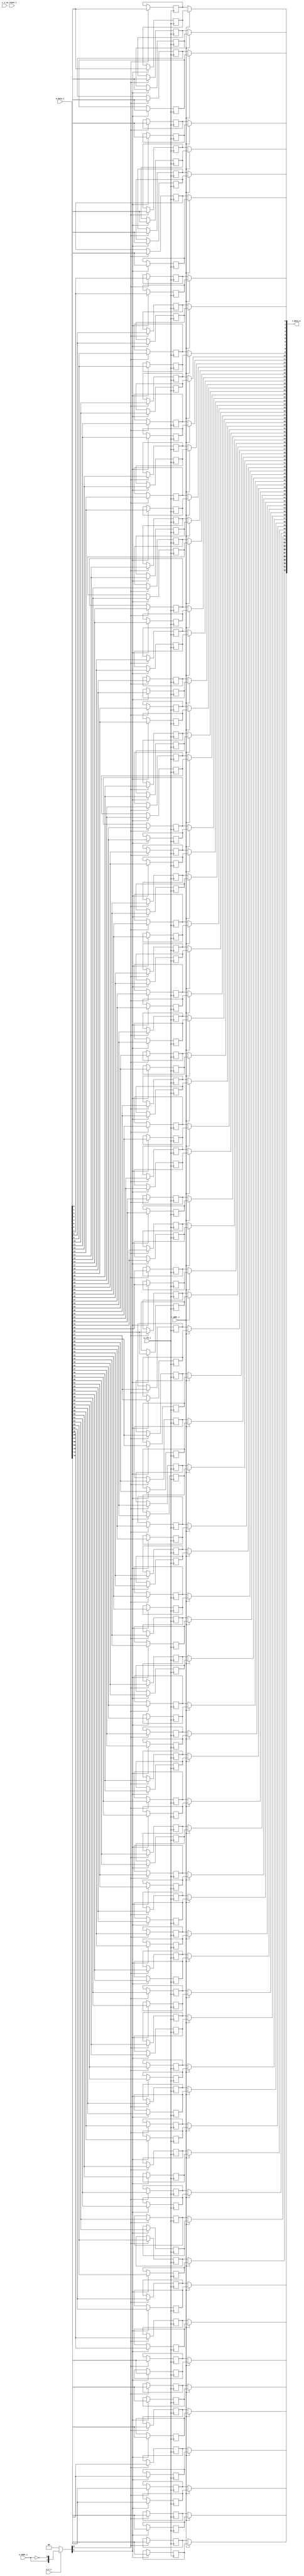
// This program was cloned from: https://github.com/NYU-MLDA/OpenABC
// License: BSD 3-Clause "New" or "Revised" License

module bsg_mem_1r1w_synth_width_p73_els_p2_read_write_same_addr_p0_harden_p0
(
  w_clk_i,
  w_reset_i,
  w_v_i,
  w_addr_i,
  w_data_i,
  r_v_i,
  r_addr_i,
  r_data_o
);

  input [0:0] w_addr_i;
  input [72:0] w_data_i;
  input [0:0] r_addr_i;
  output [72:0] r_data_o;
  input w_clk_i;
  input w_reset_i;
  input w_v_i;
  input r_v_i;
  wire [72:0] r_data_o;
  wire N0,N1,N2,N3,N4,N5,N7,N8;
  reg [145:0] mem;
  assign r_data_o[72] = (N3)? mem[72] : 
                        (N0)? mem[145] : 1'b0;
  assign N0 = r_addr_i[0];
  assign r_data_o[71] = (N3)? mem[71] : 
                        (N0)? mem[144] : 1'b0;
  assign r_data_o[70] = (N3)? mem[70] : 
                        (N0)? mem[143] : 1'b0;
  assign r_data_o[69] = (N3)? mem[69] : 
                        (N0)? mem[142] : 1'b0;
  assign r_data_o[68] = (N3)? mem[68] : 
                        (N0)? mem[141] : 1'b0;
  assign r_data_o[67] = (N3)? mem[67] : 
                        (N0)? mem[140] : 1'b0;
  assign r_data_o[66] = (N3)? mem[66] : 
                        (N0)? mem[139] : 1'b0;
  assign r_data_o[65] = (N3)? mem[65] : 
                        (N0)? mem[138] : 1'b0;
  assign r_data_o[64] = (N3)? mem[64] : 
                        (N0)? mem[137] : 1'b0;
  assign r_data_o[63] = (N3)? mem[63] : 
                        (N0)? mem[136] : 1'b0;
  assign r_data_o[62] = (N3)? mem[62] : 
                        (N0)? mem[135] : 1'b0;
  assign r_data_o[61] = (N3)? mem[61] : 
                        (N0)? mem[134] : 1'b0;
  assign r_data_o[60] = (N3)? mem[60] : 
                        (N0)? mem[133] : 1'b0;
  assign r_data_o[59] = (N3)? mem[59] : 
                        (N0)? mem[132] : 1'b0;
  assign r_data_o[58] = (N3)? mem[58] : 
                        (N0)? mem[131] : 1'b0;
  assign r_data_o[57] = (N3)? mem[57] : 
                        (N0)? mem[130] : 1'b0;
  assign r_data_o[56] = (N3)? mem[56] : 
                        (N0)? mem[129] : 1'b0;
  assign r_data_o[55] = (N3)? mem[55] : 
                        (N0)? mem[128] : 1'b0;
  assign r_data_o[54] = (N3)? mem[54] : 
                        (N0)? mem[127] : 1'b0;
  assign r_data_o[53] = (N3)? mem[53] : 
                        (N0)? mem[126] : 1'b0;
  assign r_data_o[52] = (N3)? mem[52] : 
                        (N0)? mem[125] : 1'b0;
  assign r_data_o[51] = (N3)? mem[51] : 
                        (N0)? mem[124] : 1'b0;
  assign r_data_o[50] = (N3)? mem[50] : 
                        (N0)? mem[123] : 1'b0;
  assign r_data_o[49] = (N3)? mem[49] : 
                        (N0)? mem[122] : 1'b0;
  assign r_data_o[48] = (N3)? mem[48] : 
                        (N0)? mem[121] : 1'b0;
  assign r_data_o[47] = (N3)? mem[47] : 
                        (N0)? mem[120] : 1'b0;
  assign r_data_o[46] = (N3)? mem[46] : 
                        (N0)? mem[119] : 1'b0;
  assign r_data_o[45] = (N3)? mem[45] : 
                        (N0)? mem[118] : 1'b0;
  assign r_data_o[44] = (N3)? mem[44] : 
                        (N0)? mem[117] : 1'b0;
  assign r_data_o[43] = (N3)? mem[43] : 
                        (N0)? mem[116] : 1'b0;
  assign r_data_o[42] = (N3)? mem[42] : 
                        (N0)? mem[115] : 1'b0;
  assign r_data_o[41] = (N3)? mem[41] : 
                        (N0)? mem[114] : 1'b0;
  assign r_data_o[40] = (N3)? mem[40] : 
                        (N0)? mem[113] : 1'b0;
  assign r_data_o[39] = (N3)? mem[39] : 
                        (N0)? mem[112] : 1'b0;
  assign r_data_o[38] = (N3)? mem[38] : 
                        (N0)? mem[111] : 1'b0;
  assign r_data_o[37] = (N3)? mem[37] : 
                        (N0)? mem[110] : 1'b0;
  assign r_data_o[36] = (N3)? mem[36] : 
                        (N0)? mem[109] : 1'b0;
  assign r_data_o[35] = (N3)? mem[35] : 
                        (N0)? mem[108] : 1'b0;
  assign r_data_o[34] = (N3)? mem[34] : 
                        (N0)? mem[107] : 1'b0;
  assign r_data_o[33] = (N3)? mem[33] : 
                        (N0)? mem[106] : 1'b0;
  assign r_data_o[32] = (N3)? mem[32] : 
                        (N0)? mem[105] : 1'b0;
  assign r_data_o[31] = (N3)? mem[31] : 
                        (N0)? mem[104] : 1'b0;
  assign r_data_o[30] = (N3)? mem[30] : 
                        (N0)? mem[103] : 1'b0;
  assign r_data_o[29] = (N3)? mem[29] : 
                        (N0)? mem[102] : 1'b0;
  assign r_data_o[28] = (N3)? mem[28] : 
                        (N0)? mem[101] : 1'b0;
  assign r_data_o[27] = (N3)? mem[27] : 
                        (N0)? mem[100] : 1'b0;
  assign r_data_o[26] = (N3)? mem[26] : 
                        (N0)? mem[99] : 1'b0;
  assign r_data_o[25] = (N3)? mem[25] : 
                        (N0)? mem[98] : 1'b0;
  assign r_data_o[24] = (N3)? mem[24] : 
                        (N0)? mem[97] : 1'b0;
  assign r_data_o[23] = (N3)? mem[23] : 
                        (N0)? mem[96] : 1'b0;
  assign r_data_o[22] = (N3)? mem[22] : 
                        (N0)? mem[95] : 1'b0;
  assign r_data_o[21] = (N3)? mem[21] : 
                        (N0)? mem[94] : 1'b0;
  assign r_data_o[20] = (N3)? mem[20] : 
                        (N0)? mem[93] : 1'b0;
  assign r_data_o[19] = (N3)? mem[19] : 
                        (N0)? mem[92] : 1'b0;
  assign r_data_o[18] = (N3)? mem[18] : 
                        (N0)? mem[91] : 1'b0;
  assign r_data_o[17] = (N3)? mem[17] : 
                        (N0)? mem[90] : 1'b0;
  assign r_data_o[16] = (N3)? mem[16] : 
                        (N0)? mem[89] : 1'b0;
  assign r_data_o[15] = (N3)? mem[15] : 
                        (N0)? mem[88] : 1'b0;
  assign r_data_o[14] = (N3)? mem[14] : 
                        (N0)? mem[87] : 1'b0;
  assign r_data_o[13] = (N3)? mem[13] : 
                        (N0)? mem[86] : 1'b0;
  assign r_data_o[12] = (N3)? mem[12] : 
                        (N0)? mem[85] : 1'b0;
  assign r_data_o[11] = (N3)? mem[11] : 
                        (N0)? mem[84] : 1'b0;
  assign r_data_o[10] = (N3)? mem[10] : 
                        (N0)? mem[83] : 1'b0;
  assign r_data_o[9] = (N3)? mem[9] : 
                       (N0)? mem[82] : 1'b0;
  assign r_data_o[8] = (N3)? mem[8] : 
                       (N0)? mem[81] : 1'b0;
  assign r_data_o[7] = (N3)? mem[7] : 
                       (N0)? mem[80] : 1'b0;
  assign r_data_o[6] = (N3)? mem[6] : 
                       (N0)? mem[79] : 1'b0;
  assign r_data_o[5] = (N3)? mem[5] : 
                       (N0)? mem[78] : 1'b0;
  assign r_data_o[4] = (N3)? mem[4] : 
                       (N0)? mem[77] : 1'b0;
  assign r_data_o[3] = (N3)? mem[3] : 
                       (N0)? mem[76] : 1'b0;
  assign r_data_o[2] = (N3)? mem[2] : 
                       (N0)? mem[75] : 1'b0;
  assign r_data_o[1] = (N3)? mem[1] : 
                       (N0)? mem[74] : 1'b0;
  assign r_data_o[0] = (N3)? mem[0] : 
                       (N0)? mem[73] : 1'b0;

  always @(posedge w_clk_i) begin
    if(N8) begin
      mem[145] <= w_data_i[72];
    end 
  end


  always @(posedge w_clk_i) begin
    if(N8) begin
      mem[144] <= w_data_i[71];
    end 
  end


  always @(posedge w_clk_i) begin
    if(N8) begin
      mem[143] <= w_data_i[70];
    end 
  end


  always @(posedge w_clk_i) begin
    if(N8) begin
      mem[142] <= w_data_i[69];
    end 
  end


  always @(posedge w_clk_i) begin
    if(N8) begin
      mem[141] <= w_data_i[68];
    end 
  end


  always @(posedge w_clk_i) begin
    if(N8) begin
      mem[140] <= w_data_i[67];
    end 
  end


  always @(posedge w_clk_i) begin
    if(N8) begin
      mem[139] <= w_data_i[66];
    end 
  end


  always @(posedge w_clk_i) begin
    if(N8) begin
      mem[138] <= w_data_i[65];
    end 
  end


  always @(posedge w_clk_i) begin
    if(N8) begin
      mem[137] <= w_data_i[64];
    end 
  end


  always @(posedge w_clk_i) begin
    if(N8) begin
      mem[136] <= w_data_i[63];
    end 
  end


  always @(posedge w_clk_i) begin
    if(N8) begin
      mem[135] <= w_data_i[62];
    end 
  end


  always @(posedge w_clk_i) begin
    if(N8) begin
      mem[134] <= w_data_i[61];
    end 
  end


  always @(posedge w_clk_i) begin
    if(N8) begin
      mem[133] <= w_data_i[60];
    end 
  end


  always @(posedge w_clk_i) begin
    if(N8) begin
      mem[132] <= w_data_i[59];
    end 
  end


  always @(posedge w_clk_i) begin
    if(N8) begin
      mem[131] <= w_data_i[58];
    end 
  end


  always @(posedge w_clk_i) begin
    if(N8) begin
      mem[130] <= w_data_i[57];
    end 
  end


  always @(posedge w_clk_i) begin
    if(N8) begin
      mem[129] <= w_data_i[56];
    end 
  end


  always @(posedge w_clk_i) begin
    if(N8) begin
      mem[128] <= w_data_i[55];
    end 
  end


  always @(posedge w_clk_i) begin
    if(N8) begin
      mem[127] <= w_data_i[54];
    end 
  end


  always @(posedge w_clk_i) begin
    if(N8) begin
      mem[126] <= w_data_i[53];
    end 
  end


  always @(posedge w_clk_i) begin
    if(N8) begin
      mem[125] <= w_data_i[52];
    end 
  end


  always @(posedge w_clk_i) begin
    if(N8) begin
      mem[124] <= w_data_i[51];
    end 
  end


  always @(posedge w_clk_i) begin
    if(N8) begin
      mem[123] <= w_data_i[50];
    end 
  end


  always @(posedge w_clk_i) begin
    if(N8) begin
      mem[122] <= w_data_i[49];
    end 
  end


  always @(posedge w_clk_i) begin
    if(N8) begin
      mem[121] <= w_data_i[48];
    end 
  end


  always @(posedge w_clk_i) begin
    if(N8) begin
      mem[120] <= w_data_i[47];
    end 
  end


  always @(posedge w_clk_i) begin
    if(N8) begin
      mem[119] <= w_data_i[46];
    end 
  end


  always @(posedge w_clk_i) begin
    if(N8) begin
      mem[118] <= w_data_i[45];
    end 
  end


  always @(posedge w_clk_i) begin
    if(N8) begin
      mem[117] <= w_data_i[44];
    end 
  end


  always @(posedge w_clk_i) begin
    if(N8) begin
      mem[116] <= w_data_i[43];
    end 
  end


  always @(posedge w_clk_i) begin
    if(N8) begin
      mem[115] <= w_data_i[42];
    end 
  end


  always @(posedge w_clk_i) begin
    if(N8) begin
      mem[114] <= w_data_i[41];
    end 
  end


  always @(posedge w_clk_i) begin
    if(N8) begin
      mem[113] <= w_data_i[40];
    end 
  end


  always @(posedge w_clk_i) begin
    if(N8) begin
      mem[112] <= w_data_i[39];
    end 
  end


  always @(posedge w_clk_i) begin
    if(N8) begin
      mem[111] <= w_data_i[38];
    end 
  end


  always @(posedge w_clk_i) begin
    if(N8) begin
      mem[110] <= w_data_i[37];
    end 
  end


  always @(posedge w_clk_i) begin
    if(N8) begin
      mem[109] <= w_data_i[36];
    end 
  end


  always @(posedge w_clk_i) begin
    if(N8) begin
      mem[108] <= w_data_i[35];
    end 
  end


  always @(posedge w_clk_i) begin
    if(N8) begin
      mem[107] <= w_data_i[34];
    end 
  end


  always @(posedge w_clk_i) begin
    if(N8) begin
      mem[106] <= w_data_i[33];
    end 
  end


  always @(posedge w_clk_i) begin
    if(N8) begin
      mem[105] <= w_data_i[32];
    end 
  end


  always @(posedge w_clk_i) begin
    if(N8) begin
      mem[104] <= w_data_i[31];
    end 
  end


  always @(posedge w_clk_i) begin
    if(N8) begin
      mem[103] <= w_data_i[30];
    end 
  end


  always @(posedge w_clk_i) begin
    if(N8) begin
      mem[102] <= w_data_i[29];
    end 
  end


  always @(posedge w_clk_i) begin
    if(N8) begin
      mem[101] <= w_data_i[28];
    end 
  end


  always @(posedge w_clk_i) begin
    if(N8) begin
      mem[100] <= w_data_i[27];
    end 
  end


  always @(posedge w_clk_i) begin
    if(N8) begin
      mem[99] <= w_data_i[26];
    end 
  end


  always @(posedge w_clk_i) begin
    if(N8) begin
      mem[98] <= w_data_i[25];
    end 
  end


  always @(posedge w_clk_i) begin
    if(N8) begin
      mem[97] <= w_data_i[24];
    end 
  end


  always @(posedge w_clk_i) begin
    if(N8) begin
      mem[96] <= w_data_i[23];
    end 
  end


  always @(posedge w_clk_i) begin
    if(N8) begin
      mem[95] <= w_data_i[22];
    end 
  end


  always @(posedge w_clk_i) begin
    if(N8) begin
      mem[94] <= w_data_i[21];
    end 
  end


  always @(posedge w_clk_i) begin
    if(N8) begin
      mem[93] <= w_data_i[20];
    end 
  end


  always @(posedge w_clk_i) begin
    if(N8) begin
      mem[92] <= w_data_i[19];
    end 
  end


  always @(posedge w_clk_i) begin
    if(N8) begin
      mem[91] <= w_data_i[18];
    end 
  end


  always @(posedge w_clk_i) begin
    if(N8) begin
      mem[90] <= w_data_i[17];
    end 
  end


  always @(posedge w_clk_i) begin
    if(N8) begin
      mem[89] <= w_data_i[16];
    end 
  end


  always @(posedge w_clk_i) begin
    if(N8) begin
      mem[88] <= w_data_i[15];
    end 
  end


  always @(posedge w_clk_i) begin
    if(N8) begin
      mem[87] <= w_data_i[14];
    end 
  end


  always @(posedge w_clk_i) begin
    if(N8) begin
      mem[86] <= w_data_i[13];
    end 
  end


  always @(posedge w_clk_i) begin
    if(N8) begin
      mem[85] <= w_data_i[12];
    end 
  end


  always @(posedge w_clk_i) begin
    if(N8) begin
      mem[84] <= w_data_i[11];
    end 
  end


  always @(posedge w_clk_i) begin
    if(N8) begin
      mem[83] <= w_data_i[10];
    end 
  end


  always @(posedge w_clk_i) begin
    if(N8) begin
      mem[82] <= w_data_i[9];
    end 
  end


  always @(posedge w_clk_i) begin
    if(N8) begin
      mem[81] <= w_data_i[8];
    end 
  end


  always @(posedge w_clk_i) begin
    if(N8) begin
      mem[80] <= w_data_i[7];
    end 
  end


  always @(posedge w_clk_i) begin
    if(N8) begin
      mem[79] <= w_data_i[6];
    end 
  end


  always @(posedge w_clk_i) begin
    if(N8) begin
      mem[78] <= w_data_i[5];
    end 
  end


  always @(posedge w_clk_i) begin
    if(N8) begin
      mem[77] <= w_data_i[4];
    end 
  end


  always @(posedge w_clk_i) begin
    if(N8) begin
      mem[76] <= w_data_i[3];
    end 
  end


  always @(posedge w_clk_i) begin
    if(N8) begin
      mem[75] <= w_data_i[2];
    end 
  end


  always @(posedge w_clk_i) begin
    if(N8) begin
      mem[74] <= w_data_i[1];
    end 
  end


  always @(posedge w_clk_i) begin
    if(N8) begin
      mem[73] <= w_data_i[0];
    end 
  end


  always @(posedge w_clk_i) begin
    if(N7) begin
      mem[72] <= w_data_i[72];
    end 
  end


  always @(posedge w_clk_i) begin
    if(N7) begin
      mem[71] <= w_data_i[71];
    end 
  end


  always @(posedge w_clk_i) begin
    if(N7) begin
      mem[70] <= w_data_i[70];
    end 
  end


  always @(posedge w_clk_i) begin
    if(N7) begin
      mem[69] <= w_data_i[69];
    end 
  end


  always @(posedge w_clk_i) begin
    if(N7) begin
      mem[68] <= w_data_i[68];
    end 
  end


  always @(posedge w_clk_i) begin
    if(N7) begin
      mem[67] <= w_data_i[67];
    end 
  end


  always @(posedge w_clk_i) begin
    if(N7) begin
      mem[66] <= w_data_i[66];
    end 
  end


  always @(posedge w_clk_i) begin
    if(N7) begin
      mem[65] <= w_data_i[65];
    end 
  end


  always @(posedge w_clk_i) begin
    if(N7) begin
      mem[64] <= w_data_i[64];
    end 
  end


  always @(posedge w_clk_i) begin
    if(N7) begin
      mem[63] <= w_data_i[63];
    end 
  end


  always @(posedge w_clk_i) begin
    if(N7) begin
      mem[62] <= w_data_i[62];
    end 
  end


  always @(posedge w_clk_i) begin
    if(N7) begin
      mem[61] <= w_data_i[61];
    end 
  end


  always @(posedge w_clk_i) begin
    if(N7) begin
      mem[60] <= w_data_i[60];
    end 
  end


  always @(posedge w_clk_i) begin
    if(N7) begin
      mem[59] <= w_data_i[59];
    end 
  end


  always @(posedge w_clk_i) begin
    if(N7) begin
      mem[58] <= w_data_i[58];
    end 
  end


  always @(posedge w_clk_i) begin
    if(N7) begin
      mem[57] <= w_data_i[57];
    end 
  end


  always @(posedge w_clk_i) begin
    if(N7) begin
      mem[56] <= w_data_i[56];
    end 
  end


  always @(posedge w_clk_i) begin
    if(N7) begin
      mem[55] <= w_data_i[55];
    end 
  end


  always @(posedge w_clk_i) begin
    if(N7) begin
      mem[54] <= w_data_i[54];
    end 
  end


  always @(posedge w_clk_i) begin
    if(N7) begin
      mem[53] <= w_data_i[53];
    end 
  end


  always @(posedge w_clk_i) begin
    if(N7) begin
      mem[52] <= w_data_i[52];
    end 
  end


  always @(posedge w_clk_i) begin
    if(N7) begin
      mem[51] <= w_data_i[51];
    end 
  end


  always @(posedge w_clk_i) begin
    if(N7) begin
      mem[50] <= w_data_i[50];
    end 
  end


  always @(posedge w_clk_i) begin
    if(N7) begin
      mem[49] <= w_data_i[49];
    end 
  end


  always @(posedge w_clk_i) begin
    if(N7) begin
      mem[48] <= w_data_i[48];
    end 
  end


  always @(posedge w_clk_i) begin
    if(N7) begin
      mem[47] <= w_data_i[47];
    end 
  end


  always @(posedge w_clk_i) begin
    if(N7) begin
      mem[46] <= w_data_i[46];
    end 
  end


  always @(posedge w_clk_i) begin
    if(N7) begin
      mem[45] <= w_data_i[45];
    end 
  end


  always @(posedge w_clk_i) begin
    if(N7) begin
      mem[44] <= w_data_i[44];
    end 
  end


  always @(posedge w_clk_i) begin
    if(N7) begin
      mem[43] <= w_data_i[43];
    end 
  end


  always @(posedge w_clk_i) begin
    if(N7) begin
      mem[42] <= w_data_i[42];
    end 
  end


  always @(posedge w_clk_i) begin
    if(N7) begin
      mem[41] <= w_data_i[41];
    end 
  end


  always @(posedge w_clk_i) begin
    if(N7) begin
      mem[40] <= w_data_i[40];
    end 
  end


  always @(posedge w_clk_i) begin
    if(N7) begin
      mem[39] <= w_data_i[39];
    end 
  end


  always @(posedge w_clk_i) begin
    if(N7) begin
      mem[38] <= w_data_i[38];
    end 
  end


  always @(posedge w_clk_i) begin
    if(N7) begin
      mem[37] <= w_data_i[37];
    end 
  end


  always @(posedge w_clk_i) begin
    if(N7) begin
      mem[36] <= w_data_i[36];
    end 
  end


  always @(posedge w_clk_i) begin
    if(N7) begin
      mem[35] <= w_data_i[35];
    end 
  end


  always @(posedge w_clk_i) begin
    if(N7) begin
      mem[34] <= w_data_i[34];
    end 
  end


  always @(posedge w_clk_i) begin
    if(N7) begin
      mem[33] <= w_data_i[33];
    end 
  end


  always @(posedge w_clk_i) begin
    if(N7) begin
      mem[32] <= w_data_i[32];
    end 
  end


  always @(posedge w_clk_i) begin
    if(N7) begin
      mem[31] <= w_data_i[31];
    end 
  end


  always @(posedge w_clk_i) begin
    if(N7) begin
      mem[30] <= w_data_i[30];
    end 
  end


  always @(posedge w_clk_i) begin
    if(N7) begin
      mem[29] <= w_data_i[29];
    end 
  end


  always @(posedge w_clk_i) begin
    if(N7) begin
      mem[28] <= w_data_i[28];
    end 
  end


  always @(posedge w_clk_i) begin
    if(N7) begin
      mem[27] <= w_data_i[27];
    end 
  end


  always @(posedge w_clk_i) begin
    if(N7) begin
      mem[26] <= w_data_i[26];
    end 
  end


  always @(posedge w_clk_i) begin
    if(N7) begin
      mem[25] <= w_data_i[25];
    end 
  end


  always @(posedge w_clk_i) begin
    if(N7) begin
      mem[24] <= w_data_i[24];
    end 
  end


  always @(posedge w_clk_i) begin
    if(N7) begin
      mem[23] <= w_data_i[23];
    end 
  end


  always @(posedge w_clk_i) begin
    if(N7) begin
      mem[22] <= w_data_i[22];
    end 
  end


  always @(posedge w_clk_i) begin
    if(N7) begin
      mem[21] <= w_data_i[21];
    end 
  end


  always @(posedge w_clk_i) begin
    if(N7) begin
      mem[20] <= w_data_i[20];
    end 
  end


  always @(posedge w_clk_i) begin
    if(N7) begin
      mem[19] <= w_data_i[19];
    end 
  end


  always @(posedge w_clk_i) begin
    if(N7) begin
      mem[18] <= w_data_i[18];
    end 
  end


  always @(posedge w_clk_i) begin
    if(N7) begin
      mem[17] <= w_data_i[17];
    end 
  end


  always @(posedge w_clk_i) begin
    if(N7) begin
      mem[16] <= w_data_i[16];
    end 
  end


  always @(posedge w_clk_i) begin
    if(N7) begin
      mem[15] <= w_data_i[15];
    end 
  end


  always @(posedge w_clk_i) begin
    if(N7) begin
      mem[14] <= w_data_i[14];
    end 
  end


  always @(posedge w_clk_i) begin
    if(N7) begin
      mem[13] <= w_data_i[13];
    end 
  end


  always @(posedge w_clk_i) begin
    if(N7) begin
      mem[12] <= w_data_i[12];
    end 
  end


  always @(posedge w_clk_i) begin
    if(N7) begin
      mem[11] <= w_data_i[11];
    end 
  end


  always @(posedge w_clk_i) begin
    if(N7) begin
      mem[10] <= w_data_i[10];
    end 
  end


  always @(posedge w_clk_i) begin
    if(N7) begin
      mem[9] <= w_data_i[9];
    end 
  end


  always @(posedge w_clk_i) begin
    if(N7) begin
      mem[8] <= w_data_i[8];
    end 
  end


  always @(posedge w_clk_i) begin
    if(N7) begin
      mem[7] <= w_data_i[7];
    end 
  end


  always @(posedge w_clk_i) begin
    if(N7) begin
      mem[6] <= w_data_i[6];
    end 
  end


  always @(posedge w_clk_i) begin
    if(N7) begin
      mem[5] <= w_data_i[5];
    end 
  end


  always @(posedge w_clk_i) begin
    if(N7) begin
      mem[4] <= w_data_i[4];
    end 
  end


  always @(posedge w_clk_i) begin
    if(N7) begin
      mem[3] <= w_data_i[3];
    end 
  end


  always @(posedge w_clk_i) begin
    if(N7) begin
      mem[2] <= w_data_i[2];
    end 
  end


  always @(posedge w_clk_i) begin
    if(N7) begin
      mem[1] <= w_data_i[1];
    end 
  end


  always @(posedge w_clk_i) begin
    if(N7) begin
      mem[0] <= w_data_i[0];
    end 
  end

  assign N5 = ~w_addr_i[0];
  assign { N8, N7 } = (N1)? { w_addr_i[0:0], N5 } : 
                      (N2)? { 1'b0, 1'b0 } : 1'b0;
  assign N1 = w_v_i;
  assign N2 = N4;
  assign N3 = ~r_addr_i[0];
  assign N4 = ~w_v_i;

endmodule